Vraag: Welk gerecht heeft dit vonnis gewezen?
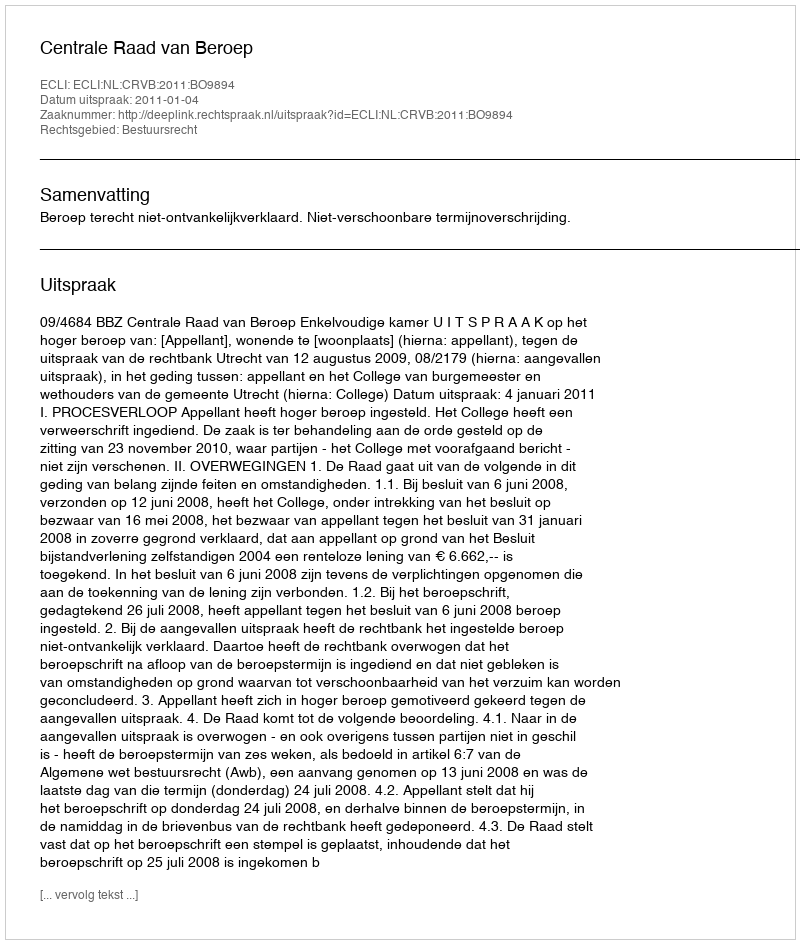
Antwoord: Centrale Raad van Beroep